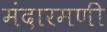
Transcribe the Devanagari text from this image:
मंदारमणी